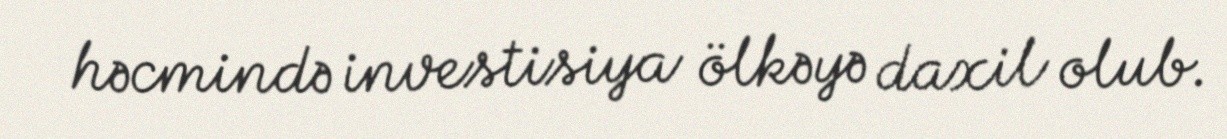
həcmində investisiya ölkəyə daxil olub.